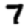
Digit: 7